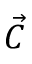
\vec { C }